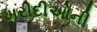
ખરીદીઓની